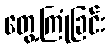
တွေ့ကြုံခြင်း